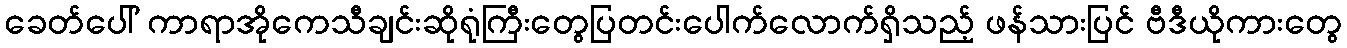
ခေတ်ပေါ် ကာရာအိုကေသီချင်းဆိုရုံကြီးတွေပြတင်းပေါက်လောက်ရှိသည့် ဖန်သားပြင် ဗီဒီယိုကားတွေ